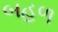
બહળ